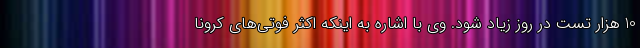
10 هزار تست در روز زیاد شود. وی با اشاره به اینکه اکثر فوتی‌های کرونا